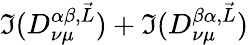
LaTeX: \Im(D_{\nu\mu}^{\alpha\beta,\vec{L}})+\Im(D_{\nu\mu}^{\beta\alpha,\vec{L}})